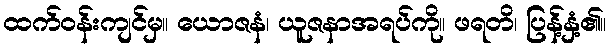
ထက်ဝန်းကျင်မှ။ ယောဇနံ၊ ယူဇနာအရပ်ကို။ ဖရတိ၊ ပြန့်နှံ့၏။